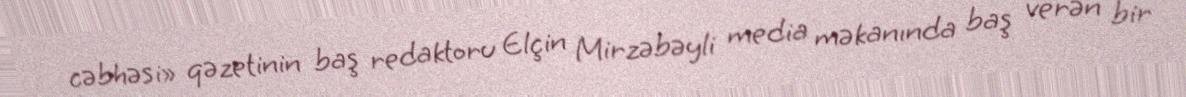
cəbhəsi» qəzetinin baş redaktoru Elçin Mirzəbəyli media məkanında baş verən bir